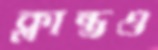
ক্লান্তও